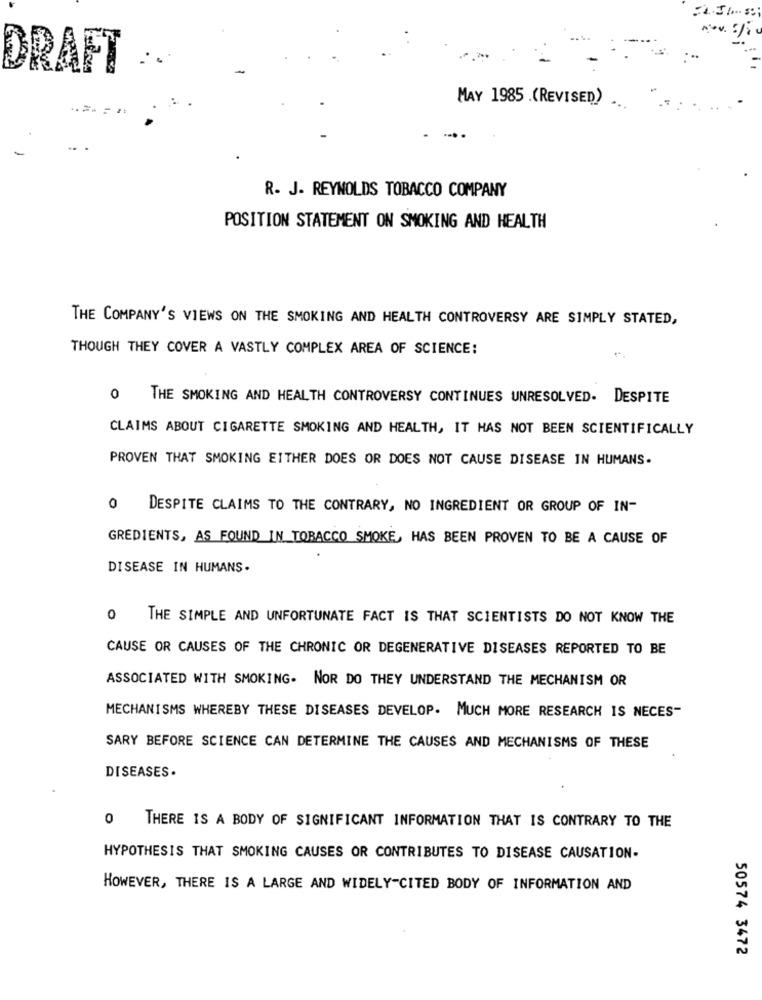
DRAFT
MAY 1985 (REVISED)
R. J. REYNOLDS TOBACCO COMPANY
POSITION STATEMENT ON SMOKING AND HEALTH
THE COMPANY'S VIEWS ON THE SMOKING AND HEALTH CONTROVERSY ARE SIMPLY STATED,
THOUGH THEY COVER A VASTLY COMPLEX AREA OF SCIENCE:
0 THE SMOKING AND HEALTH CONTROVERSY CONTINUES UNRESOLVED. DESPITE
CLAIMS ABOUT CIGARETTE SMOKING AND HEALTH, IT HAS NOT BEEN SCIENTIFICALLY
PROVEN THAT SMOKING EITHER DOES OR DOES NOT CAUSE DISEASE IN HUMANS.
0
DESPITE CLAIMS TO THE CONTRARY, NO INGREDIENT OR GROUP OF IN-
GREDIENTS, AS FOUND IN TOBACCO SMOKE, HAS BEEN PROVEN TO BE A CAUSE OF
DISEASE IN HUMANS.
0 THE SIMPLE AND UNFORTUNATE FACT IS THAT SCIENTISTS DO NOT KNOW THE
CAUSE OR CAUSES OF THE CHRONIC OR DEGENERATIVE DISEASES REPORTED TO BE
ASSOCIATED WITH SMOKING. NOR DO THEY UNDERSTAND THE MECHANISM OR
MECHANISMS WHEREBY THESE DISEASES DEVELOP. MUCH MORE RESEARCH IS NECES-
SARY BEFORE SCIENCE CAN DETERMINE THE CAUSES AND MECHANISMS OF THESE
DISEASES.
0 THERE IS A BODY OF SIGNIFICANT INFORMATION THAT IS CONTRARY TO THE
HYPOTHESIS THAT SMOKING CAUSES OR CONTRIBUTES TO DISEASE CAUSATION-
HOWEVER, THERE IS A LARGE AND WIDELY-CITED BODY OF INFORMATION AND
50574 3472